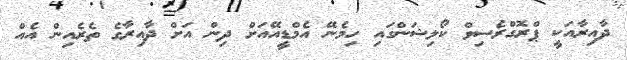
ދާއިރާއަކީ ޕްރޮގްރެސިވް ކޯލިޝަންގައި ހިމެނޭ އެމްޑީއޭއަށް ދިން އަށް ދާއިރާގެ ތެރެއިން އެއް